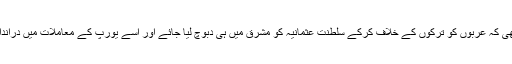
لارنس کی حکمت عملی یہ تھی کہ عربوں کو ترکوں کے خلاف کرکے سلطنت عثمانیہ کو مشرق میں ہی دبوچ لیا جائے اور اسے یورپ کے معاملات میں دراندازی کا موقع ہی نہ مل سکے۔